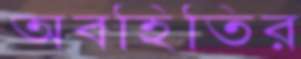
অবহিতির